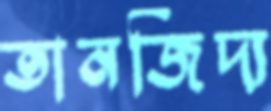
তানজিদ্য